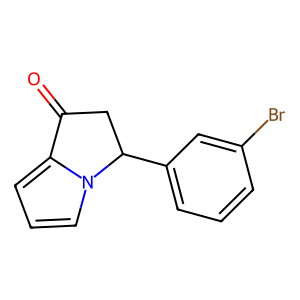
SMILES: O=C1CC(c2cccc(Br)c2)n2cccc21
Inhibits HIV replication: No